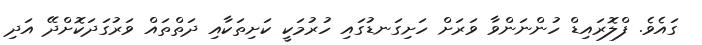
ގައެވެ. ފްލޮރައިޑް ހުންނަންވާ ވަރަށް ހަށިގަނޑުގައި ހުރުމަކީ ކަށިތަކާއި ދަތްތައް ވަރުގަދަކޮށްދޭ އަދި